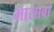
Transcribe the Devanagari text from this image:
भासावा